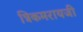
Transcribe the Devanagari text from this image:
त्रिकमरायजी